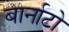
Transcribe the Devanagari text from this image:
बार्नाटो